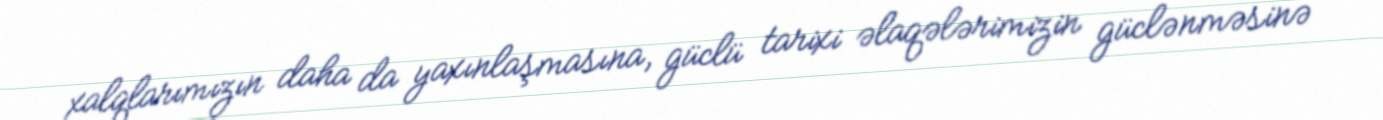
xalqlarımızın daha da yaxınlaşmasına, güclü tarixi əlaqələrimizin güclənməsinə